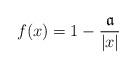
LaTeX: \begin{align*}f(x)=1-\frac{\mathfrak{a}}{|x|}\end{align*}